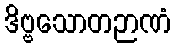
ဒိဗ္ဗသောတဉာဏံ